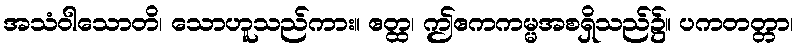
အသံဝါသောတိ၊ သောဟူသည်ကား။ ဧတ္ထ၊ ဤဧကကမ္မအစရှိသည်၌။ ပကတတ္တာ၊